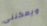
ويمكننى